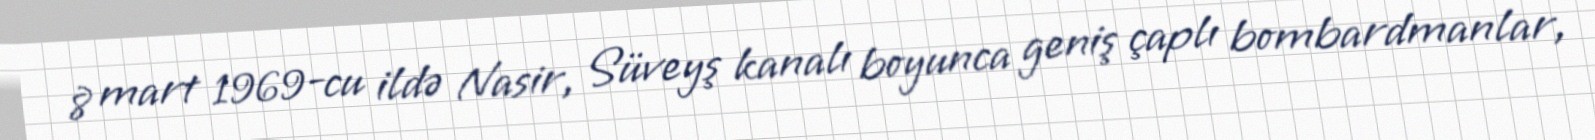
8 mart 1969-cu ildə Nasir, Süveyş kanalı boyunca geniş çaplı bombardmanlar,